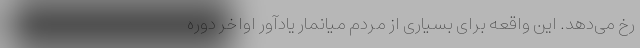
رخ می‌دهد. این واقعه برای بسیاری از مردم میانمار یادآور اواخر دوره